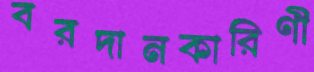
বরদানকারিণী